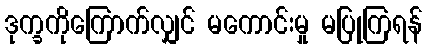
ဒုက္ခကိုကြောက်လျှင် မကောင်းမှု မပြုကြရန်